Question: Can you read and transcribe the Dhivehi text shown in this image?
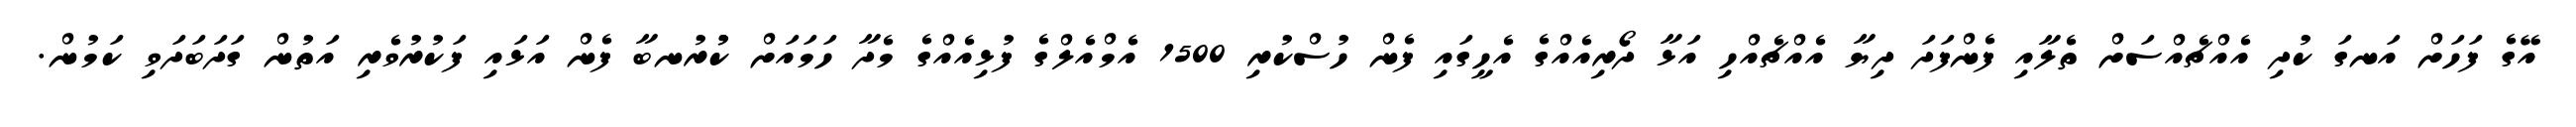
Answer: އޭގެ ފަހަށް އަނގަ ކުދި އެއްޗެއްސަށް ތެލާއި ފެންފަދަ ދިޔާ އެއްޗެއްހި އަޅާ ދޯރިއެއްގެ އެހީގައި ފެން ހުސްކުރި 1500 އެމްއެލްގެ ފުޅިއެއްގެ މެދާ ހަމައަށް ކުުރުނބާ ފެން އަޅައި ފަކުރުވެރި އަތުން ގަދަބަދަވި ކަމުން.